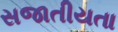
સજાતીયતા